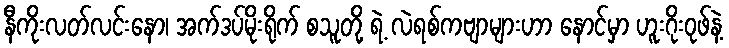
နီကိုးလတ်လင်းနော၊ အက်ဒပ်မိုးရိုက် စသူတို့ ရဲ့ လဲရစ်ကဗျာများဟာ နောင်မှာ ဟူးဂိုးဝုဖ်နဲ့